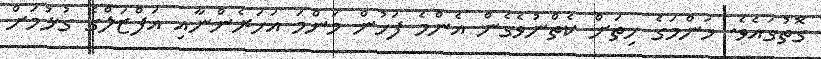
ގޮތުގައެވެ. މަންމަގެ ހިތަށް ކެތްނުވެގެން އެންމެ ފަހުން މަންމަ އަހަރެންނާއި އަފްޒަލްގެ ގުޅުމަށް